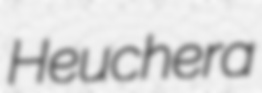
Heuchera